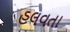
હલવતા